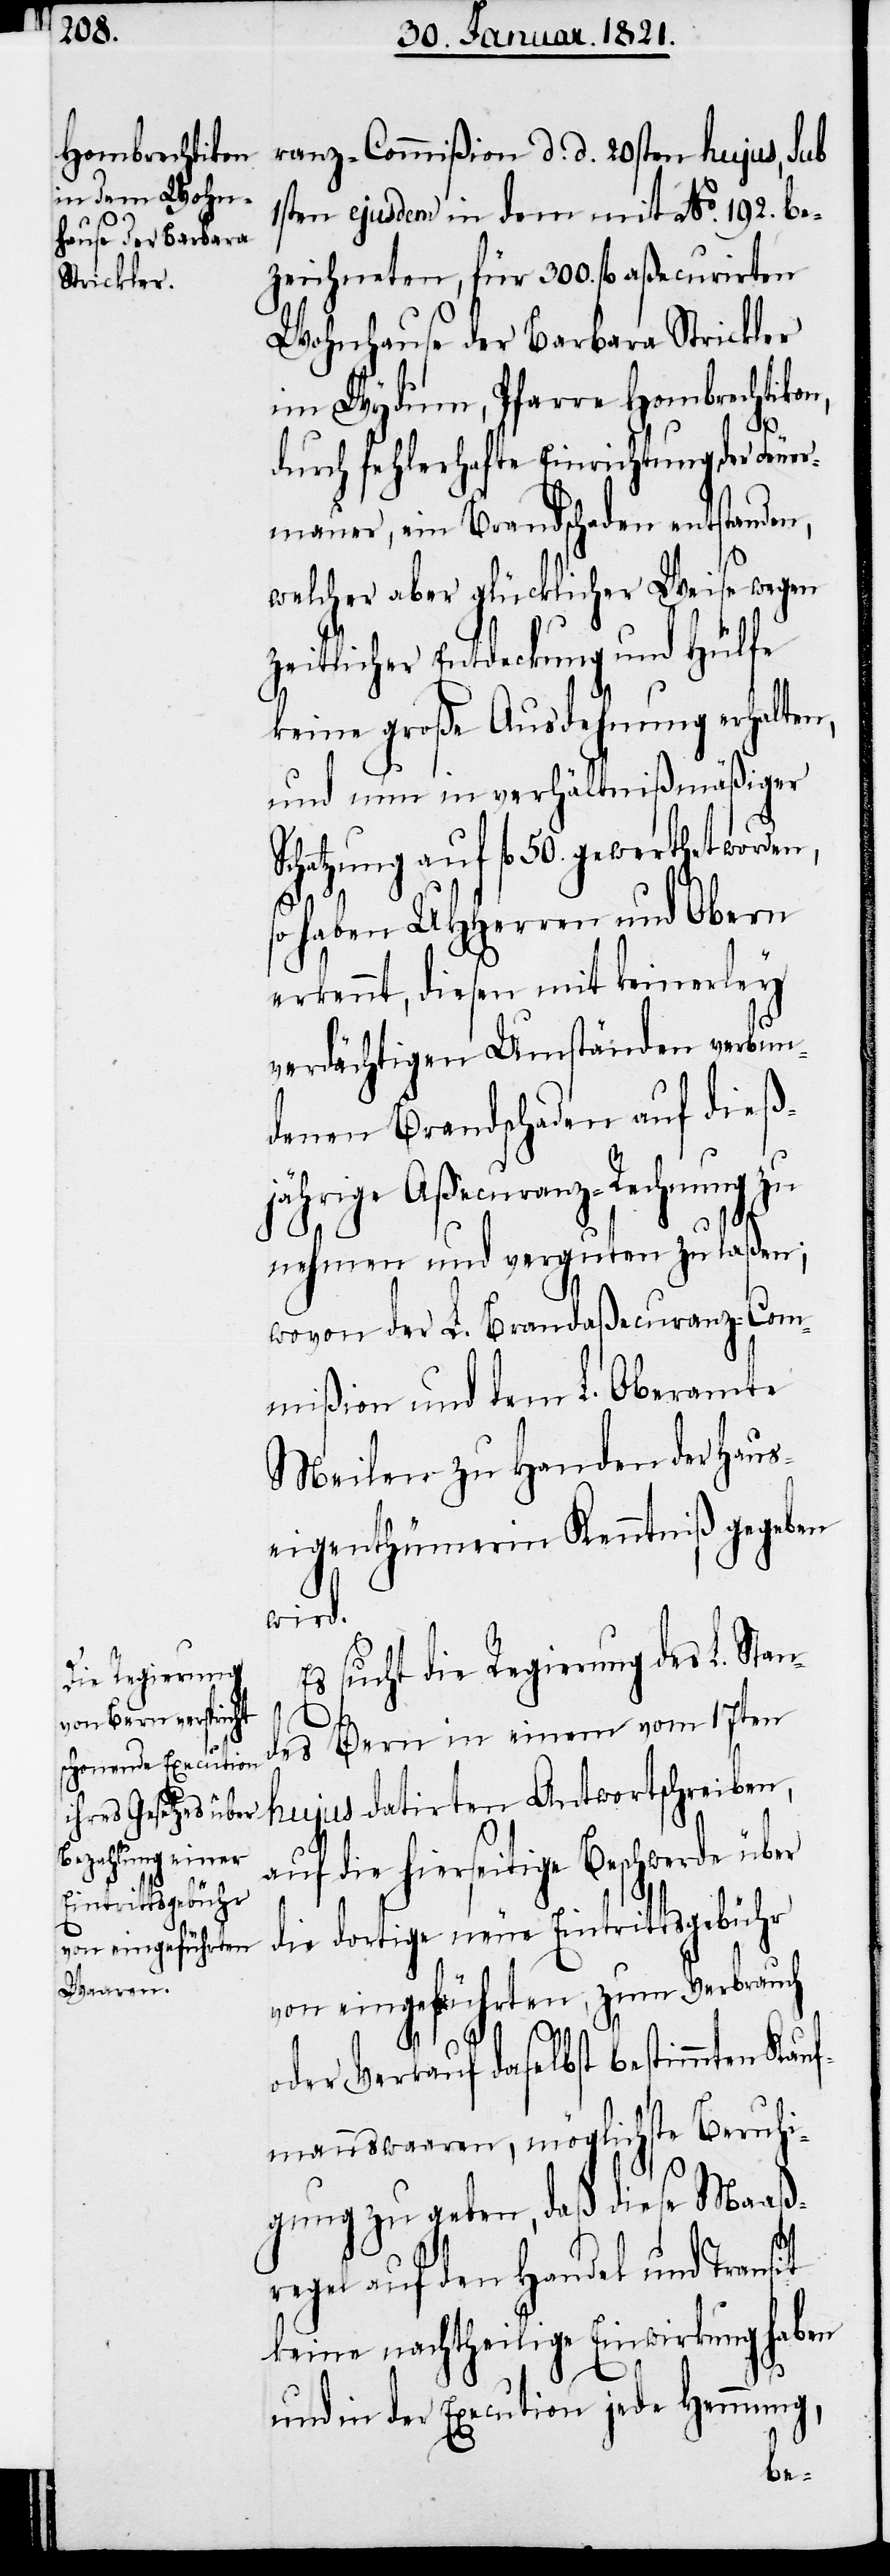
ranz-Commißion d. d. 20sten hujus, sub
1sten ejusdem in dem mit No. 192. be¬
zeichneten, für 300. fl. aßecurirten
Wohnhause der Barbara Strickler
im Wydum, Pfarre Hombrechtikon,
durch fehlerhafte Einrichtung der Feuer¬
mauer, ein Brandschaden entstanden,
welcher aber glücklicher Weise wegen
zeitlicher Entdeckung und Hülfe
keine große Ausdehnung erhalten,
und in verhältnißmäßiger
Schatzung auf fl. 50. gewerthet worden,
so haben UHHerren und Obern
erkennt, diesen mit keinerley
verdächtigen Umständen verbun¬
denen Brandschaden auf dieß¬
jährige Aßecuranz-Rechnung zu
nehmen und verguten zu laßen;
wovon der L. Brandaßecuranz-Com¬
mißion und dem L. Oberamte
Meilen zu Handen der Haus¬
eigenthümerin Kenntniß gegeben
wird.
Es sucht die Regierung des L. Stan¬
des Bern in einem vom 17ten
auf die hierseitige Beschwerde über
die dortige neue Eintrittsgebühr
von eingeführten, zum Verbrauch
oder Verkauf daselbst bestimmten Kauf¬
mannswaaren, möglichste Beruhi¬
gung zu geben, daß diese Maaß¬
regel auf den Handel und Transit
keine nachtheilige Einwirkung haben
und in der Execution jede Hemmung,